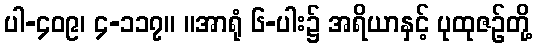
ပါ-၄၀၉၊ ၄-၁၁၇။ ။အာရုံ ၆-ပါး၌ အရိယာနှင့် ပုထုဇဉ်တို့